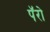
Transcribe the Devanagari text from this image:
पॅरो